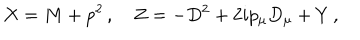
LaTeX: X = M + p ^ { 2 } \, , \quad Z = - D ^ { 2 } + 2 i p _ { \mu } D _ { \mu } + Y \, ,